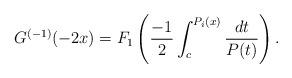
LaTeX: \begin{align*}G^{(-1)}(-2x)=F_1\left(\frac{-1}{2}\int^{P_i(x)}_{c}\frac{dt}{P(t)}\right).\end{align*}